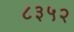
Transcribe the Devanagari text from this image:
८३५२